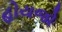
હોયજો